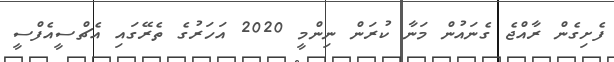
ފެށިގެން ރާއްޖެ ގެނައުން މަނާ ކުރަން ނިންމީ 2020 އަހަރުގެ ތެރޭގައި އެޗްސީއެފްސީ